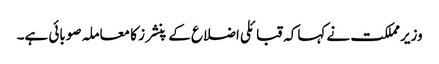
وزیر مملکت نے کہاکہ قبائلی اضلاع کے پنشرز کا معاملہ صوبائی ہے۔